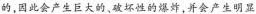
的，因此会产生巨大的，破坏性的爆炸，并会产生明显